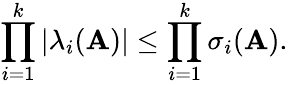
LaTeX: \prod_{i=1}^{k}\left|\lambda_{i}(\mathbf{A})\right|\leq\prod_{i=1}^{k}\sigma_{i}(\mathbf{A}).